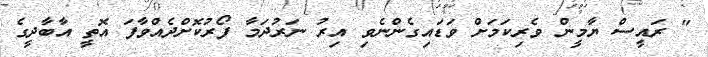
" ރައީސް ޔާމީން ވެރިކަމަށް ވަޑައިގެންނެވި އިރު ނަރުދަމާ ފޯރުކޮށްދެއްވާފަ އޮތީ އާބާދީގެ